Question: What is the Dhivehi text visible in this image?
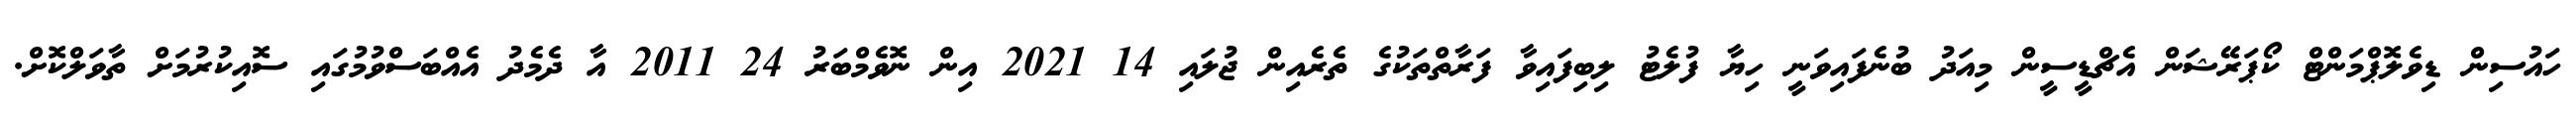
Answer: ހައުސިން ޑިވެލޮޕްމަންޓް ކޯޕަރޭޝަން އެޗްޑީސީން މިއަދު ބުނެފައިވަނީ ހިޔާ ފުލެޓު ލިބިފައިވާ ފަރާތްތަކުގެ ތެރެއިން ޖުލައި 14 2021 އިން ނޮވެމްބަރު 24 2011 އާ ދެމެދު އެއްބަސްވުމުގައި ސޮއިކުރުމަށް ތާވަލްކޮށް.